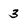
Character: 3